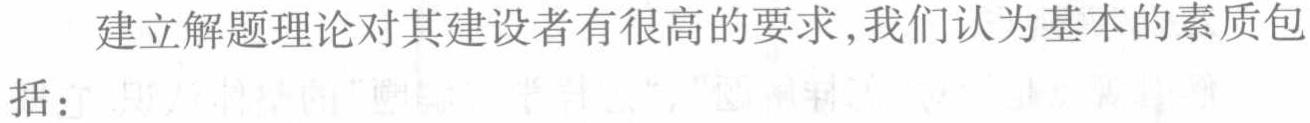
建立解题理论对其建设者有很高的要求,我们认为基本的素质包括：